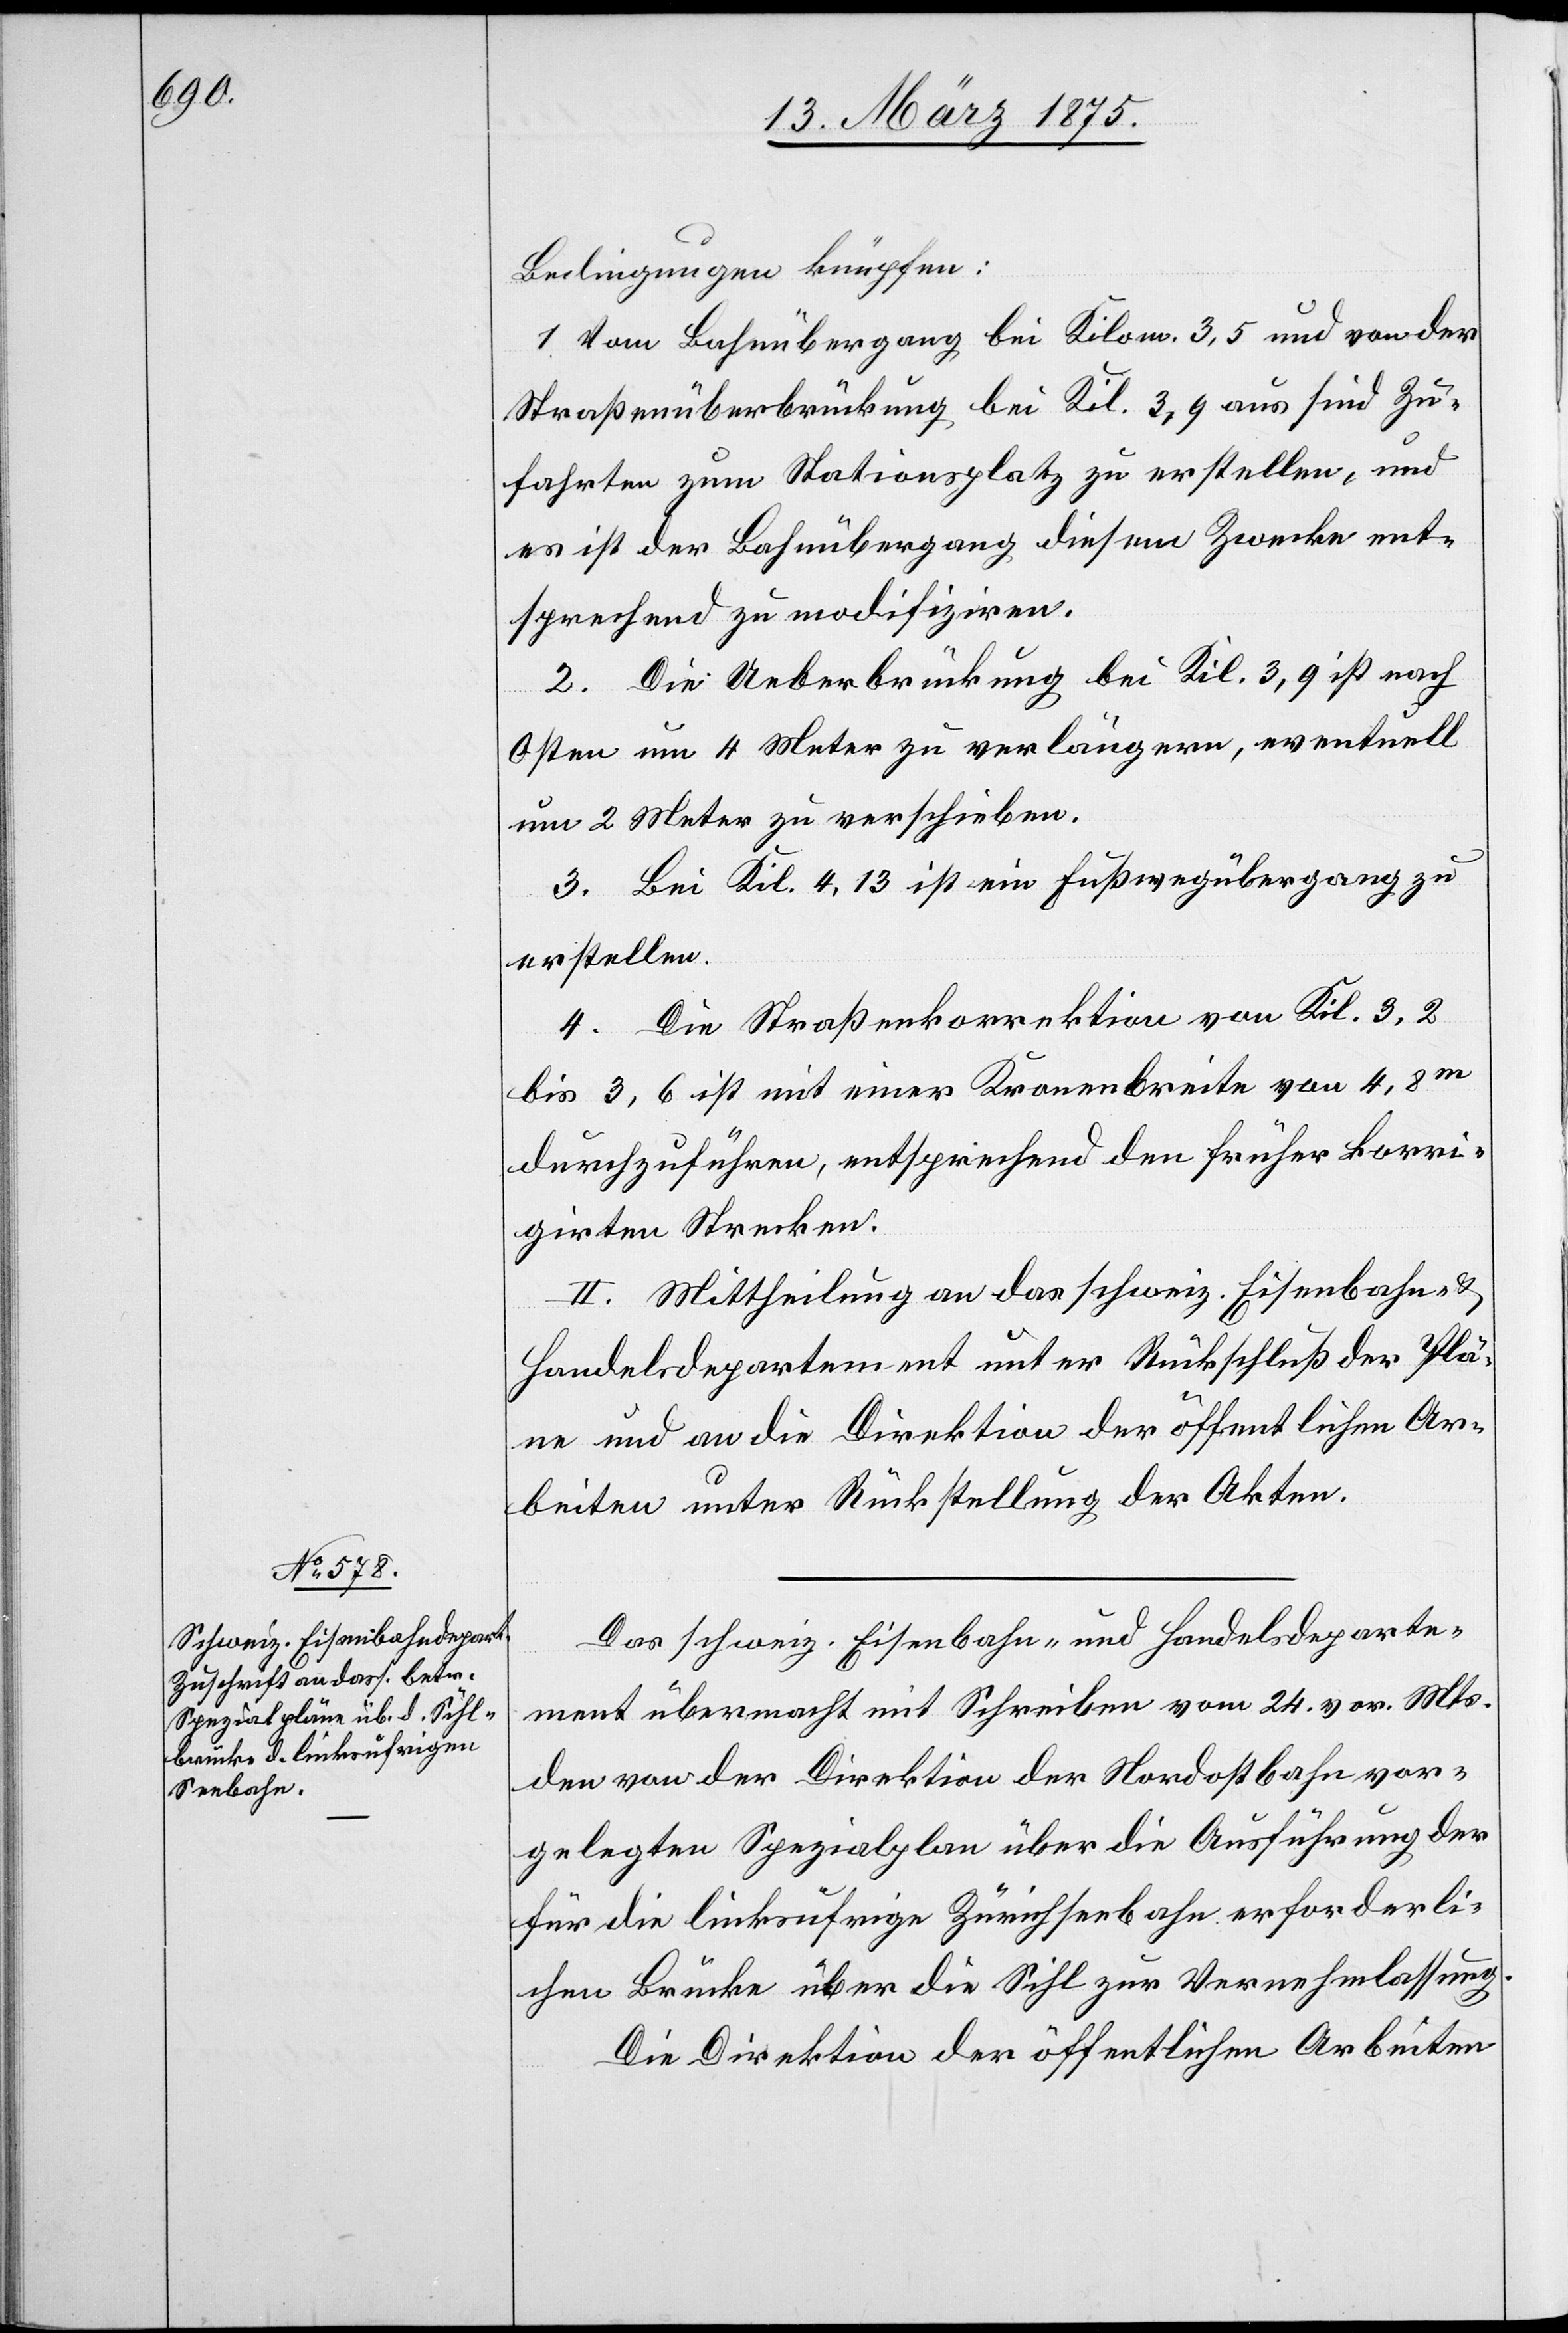
Bedingungen knüpfen:
1. Vom Bahnübergang bei Kilom 3,5 und von der
Straßenüberbrückung bei Kil. 3,9 aus sind Zu¬
fahrten zum Stationsplatz zu erstellen, und
es ist der Bahnübergang diesem Zwecke ent¬
sprechend zu modifiziren.
2. Die Ueberbrückung bei Kil. 3,9 ist nach
Osten um 4 Meter zu verlängern, eventuell
um 2 Meter zu verschieben.
3. Bei Kil. 4,13 ist ein Fußwegübergang zu
erstellen.
4. Die Straßenkorrektion von Kil. 3,2
bis 3,6 ist mit einer Kronenbreite von 4,8m
durchzuführen, entsprechend den früher korri¬
girten Strecken.
II. Mittheilung an das schweiz. Eisenbahn- &
Handelsdepartement unter Rückschluß der Plä¬
ne und an die Direktion der öffentlichen Ar¬
beiten unter Rückstellung der Akten.
Das schweiz. Eisenbahn- und Handelsdeparte¬
ment übermacht mit Schreiben vom 24. vor. Mts.
den von der Direktion der Nordostbahn vor¬
gelegten Spezialplan über die Ausführung der
für die linksufrige Zürichseebahn erforderli¬
chen Brücke über die Sihl zur Vernehmlassung.
Die Direktion der öffentlichen Arbeiten